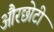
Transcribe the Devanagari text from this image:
औरछोटी